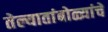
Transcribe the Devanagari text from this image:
तेल्यातांबोळ्यांचे